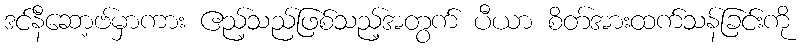
ဒင်နီဆော့ဗ်မှာကား ဧည့်သည်ဖြစ်သည့်အတွက် ပီယာ စိတ်အားထက်သန်ခြင်းကို